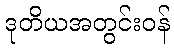
ဒုတိယအတွင်းဝန်